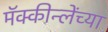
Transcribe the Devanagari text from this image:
मॅक्कीन्लेंच्या